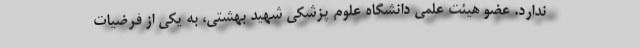
ندارد. عضو هیئت علمی دانشگاه علوم پزشکی شهید بهشتی، به یکی از فرضیات